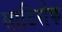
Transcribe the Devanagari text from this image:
साटिरोफ